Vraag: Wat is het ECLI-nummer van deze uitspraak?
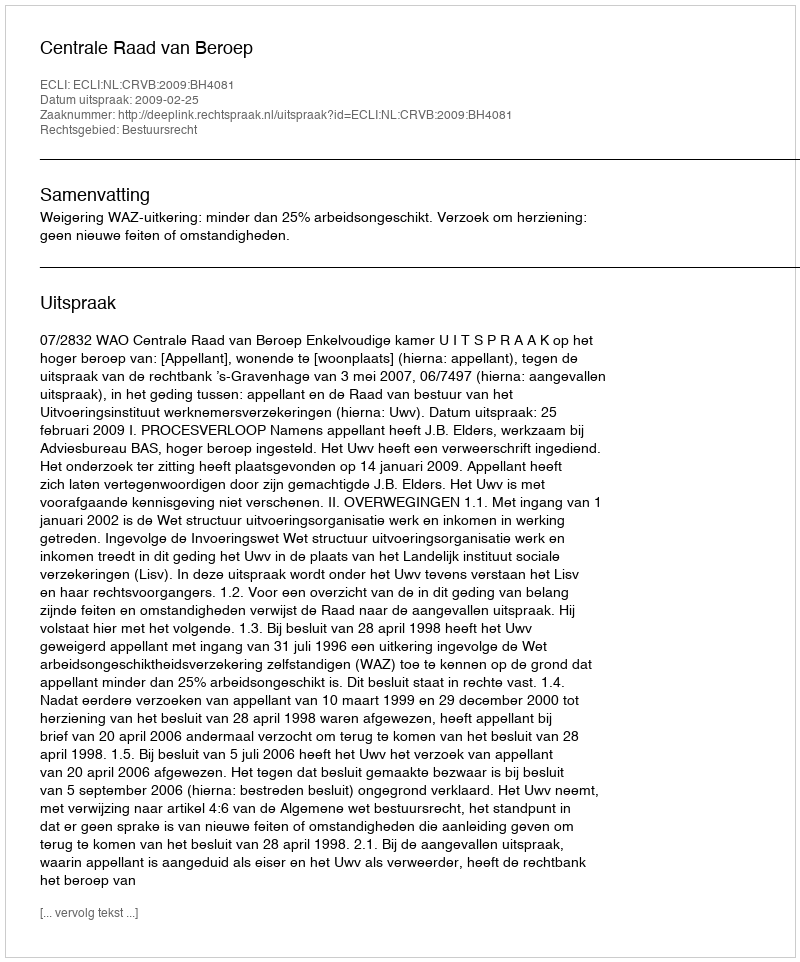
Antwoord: ECLI:NL:CRVB:2009:BH4081